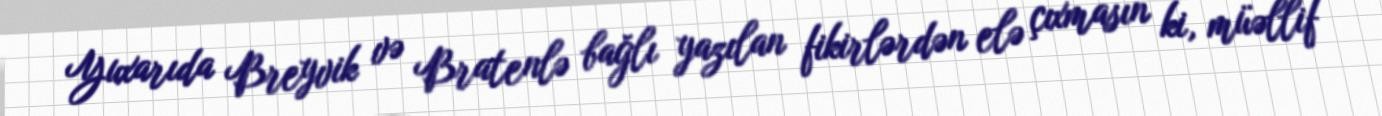
Yuxarıda Breyvik və Bratenlə bağlı yazılan fikirlərdən elə çıxmasın ki, müəllif